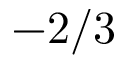
- 2 / 3